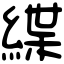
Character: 緤